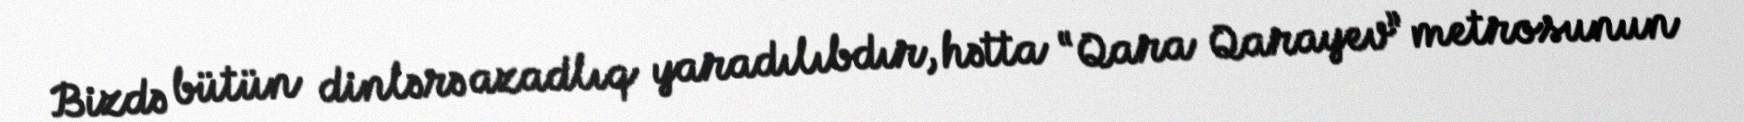
Bizdə bütün dinlərə azadlıq yaradılıbdır, hətta “Qara Qarayev” metrosunun